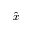
\hat { x }